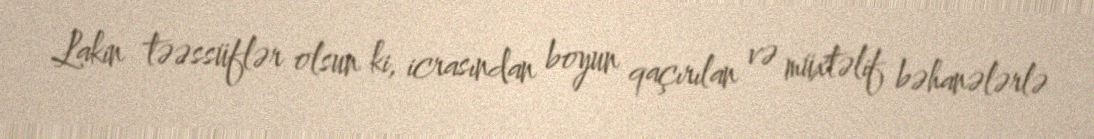
Lakin təəssüflər olsun ki, icrasından boyun qaçırılan və müxtəlif bəhanələrlə